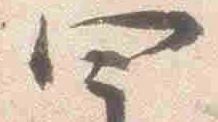
四